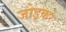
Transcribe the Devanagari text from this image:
जोड्कर